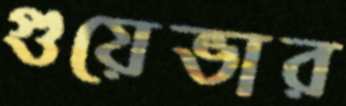
গুয়েভার